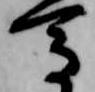
馬